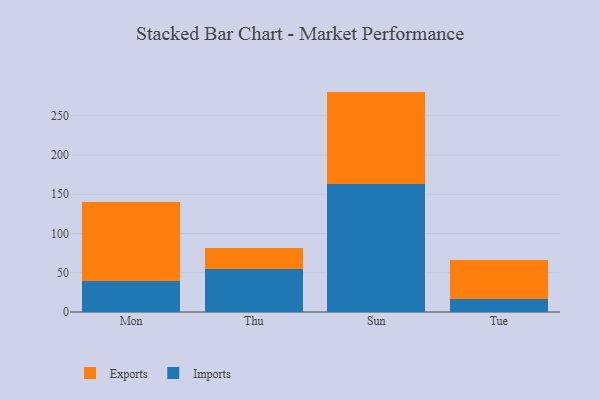
{"axis": {"x": "Day", "y": "Population (Million)"}, "legend": ["Exports", "Imports"], "data": [{"x": "Mon", "y": 40.1, "type": "Imports"}, {"x": "Mon", "y": 99.6, "type": "Exports"}, {"x": "Thu", "y": 54.7, "type": "Imports"}, {"x": "Thu", "y": 27.3, "type": "Exports"}, {"x": "Sun", "y": 163.5, "type": "Imports"}, {"x": "Sun", "y": 117.3, "type": "Exports"}, {"x": "Tue", "y": 16.7, "type": "Imports"}, {"x": "Tue", "y": 49.2, "type": "Exports"}]}